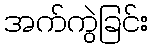
အက်ကွဲခြင်း